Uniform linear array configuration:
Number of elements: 32
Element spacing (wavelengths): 0.5
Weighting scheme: cosine
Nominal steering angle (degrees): -45
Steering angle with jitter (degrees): -45.202
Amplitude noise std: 0.05
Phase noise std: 0.05

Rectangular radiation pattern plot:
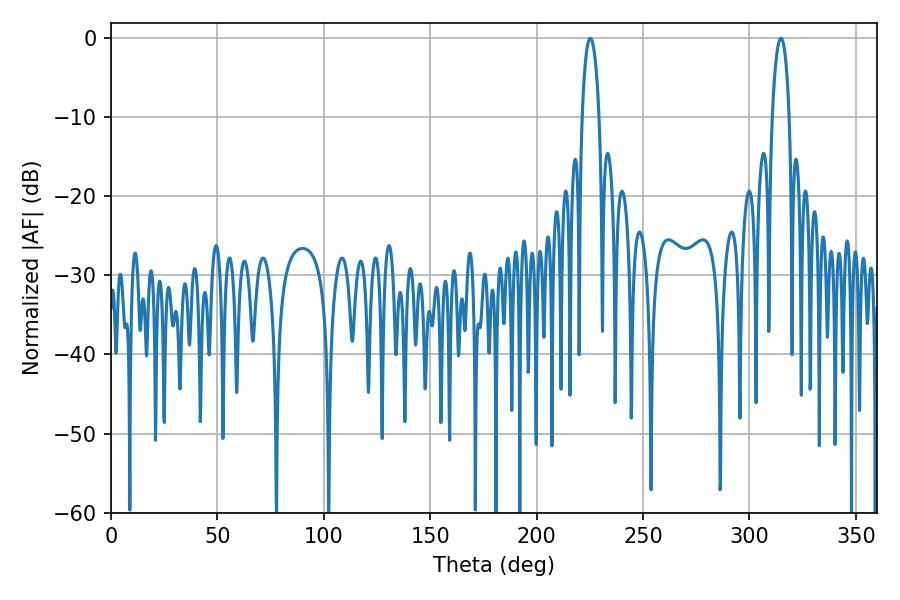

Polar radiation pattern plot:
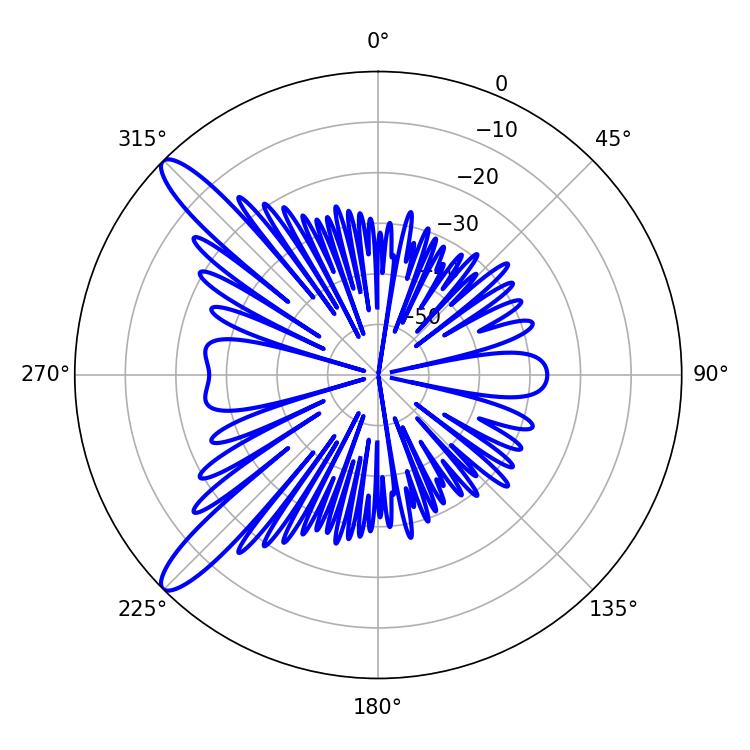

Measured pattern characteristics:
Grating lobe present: FALSE
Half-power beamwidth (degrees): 4.5
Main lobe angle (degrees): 225.18